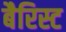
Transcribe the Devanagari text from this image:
बैरिस्ट